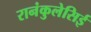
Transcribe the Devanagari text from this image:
रानंकुलेसिई